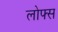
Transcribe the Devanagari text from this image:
लोफ्स